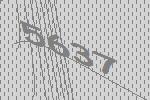
5637